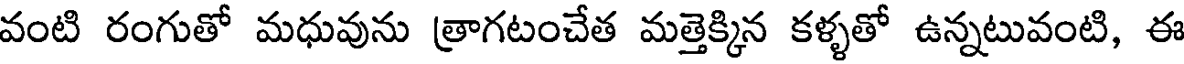
వంటి రంగుతో మధువును త్రాగటంచేత మత్తెక్కిన కళ్ళతో ఉన్నటువంటి, ఈ